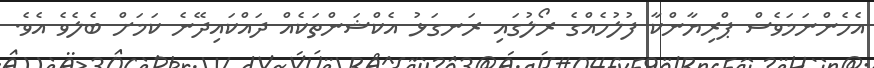
އެހެންނަމަވެސް ޕްރިޔާންކާ ފުލުހެއްގެ ރޯލުގައި ރަނގަޅު އެކްޝަންތަކެއް ދައްކައިދޭނެ ކަމަށް ބެލެވެ އެވެ.